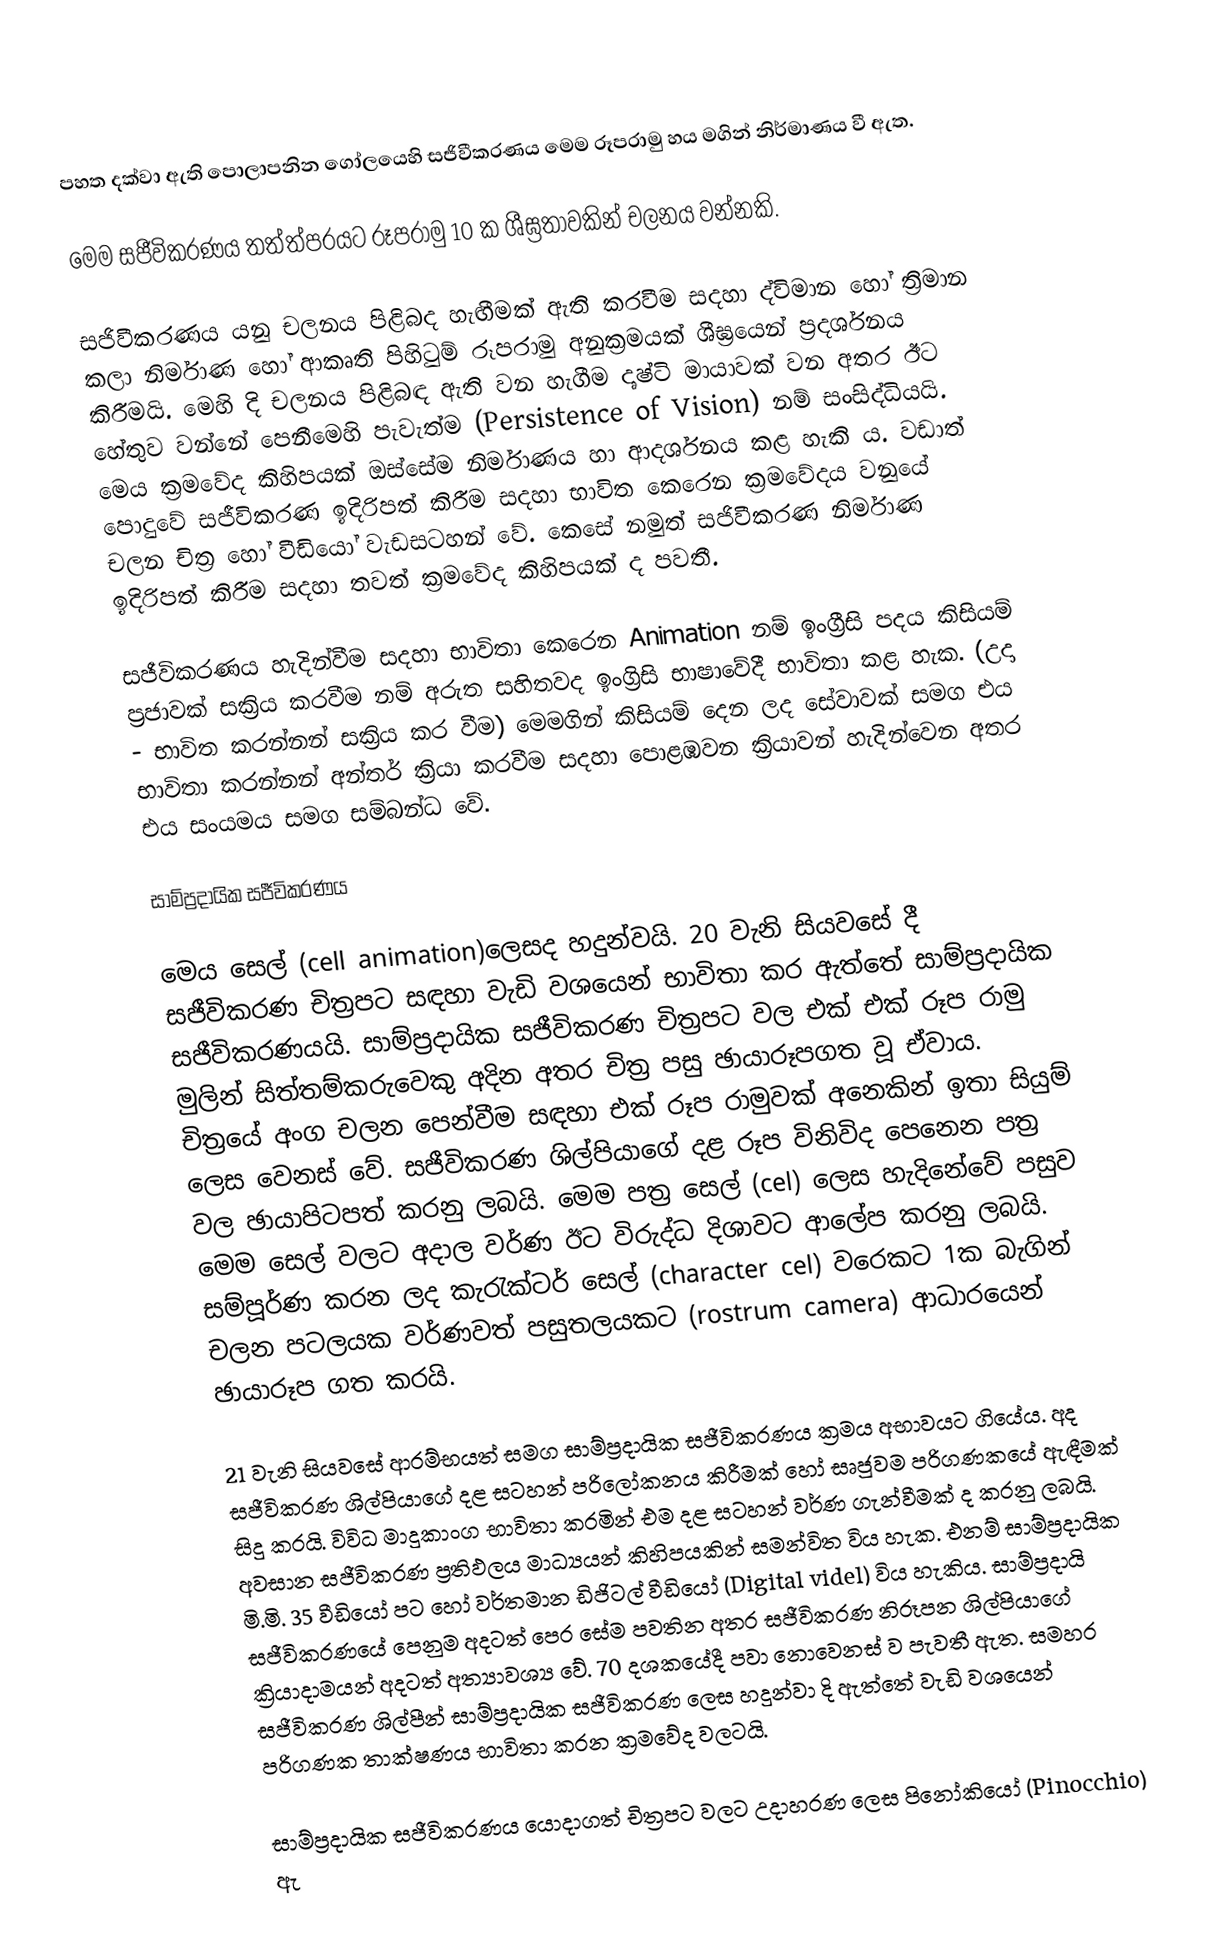
පහත දක්වා ඇති පොලාපනින ගෝලයෙහි සජිවීකරණය මෙම රූපරාමු හය මගින් නිර්මාණය වී ඇත.

මෙම සජීවිකරණය තත්ත්පරයට රූපරාමු 10 ක ශීඝ්‍රතාවකින් චලනය වන්නකි.

සජිවීකරණය යනු චලනය පිළිබද හැඟීමක් ඇති කරවීම සදහා ද්විමාන හෝ ත්‍රිමාන කලා නිර්මාණ හෝ ආකෘති පිහිටුම් රූපරාමු අනුක්‍රමයක් ශීඝ්‍රයෙන් ප්‍රදර්ශනය කිරීමයි. මෙහි දි චලනය පිළිබඳ ඇති වන හැගීම දෘෂ්ටි මායාවක් වන අතර ඊට හේතුව වන්නේ පෙනීමෙහි පැවැත්ම (Persistence of Vision) නම් සංසිද්ධියයි. මෙය ක්‍රමවේද කිහිපයක් ඔස්සේම නිර්මාණය හා ආදර්ශනය කළ හැකි ය. වඩාත් පොදුවේ සජීවිකරණ ඉදිරිපත් කිරීම සදහා භාවිත කෙරෙන ක්‍රමවේදය වනුයේ චලන චිත්‍ර හෝ වීඩියෝ වැඩසටහන් වේ. කෙසේ නමුත් සජිවීකරණ නිර්මාණ ඉදිරිපත් කිරීම සදහා තවත් ක්‍රමවේද කිහිපයක් ද පවතී.

සජීවිකරණය හැදින්වීම සදහා භාවිතා කෙරෙන Animation නම් ඉංග්‍රීසි පදය කිසියම් ප්‍රජාවක් සක්‍රිය කරවීම නම් අරුත සහිතවද ඉංග්‍රිසි භාෂාවේදී භාවිතා කළ හැක. (උදා - භාවිත කරන්නන් සක්‍රිය කර වීම) මෙමගින් කිසියම් දෙන ලද සේවාවක් සමග එය භාවිතා කරන්නන් අන්තර් ක්‍රියා කරවීම සදහා පොළඹවන ක්‍රියාවන් හැදින්වෙන අතර එය සංයමය සමග සම්බන්ධ වේ.

සාම්ප්‍රදායික සජීවිකරණය

මෙය සෙල්   (cell animation)ලෙසද හදුන්වයි. 20 ‍වැනි සියවසේ දී සජීවිකරණ චිත්‍රපට සඳහා වැඩි වශයෙන් භාවිතා කර ඇත්තේ සාම්ප්‍රදායික සජීවිකරණයයි.  සාම්ප්‍රදායික සජීවිකරණ චිත්‍රපට වල එක් එක් රූප රාමු  මුලින් සිත්තම්කරුවෙකු අදින අතර චිත්‍ර පසු ඡායාරූපගත වූ ඒවාය. චිත්‍රයේ  අංග චලන  පෙන්වීම සඳහා එක් රූප රාමුවක් අනෙකින් ඉතා සියුම් ලෙස වෙනස් වේ. සජීවිකරණ ශිල්පියාගේ දළ රූප විනිවිද පෙනෙන පත්‍ර වල ඡායාපිටපත් කරනු ලබයි. මෙම පත්‍ර සෙල්  (cel) ලෙස හැදිනේවේ  පසුව මෙම සෙල් වලට අදාල වර්ණ ඊට විරුද්ධ දිශාවට ආලේප කරනු ලබයි. සම්පූර්ණ කරන ලද කැරැක්ටර් සෙල් (character cel) වරෙක‍ට 1ක බැගින්  චලන පටලයක වර්ණවත් පසුතලයකට  (rostrum camera) ආධාරයෙන් ඡායාරූප ගත කරයි.

21 වැනි සියවසේ ආරම්භයත් සමග සාම්ප්‍රදායික සජීවිකරණය ක්‍රමය අභාවයට ගියේය. අද සජීවිකරණ  ශිල්පියාගේ  දළ සටහන් පරිලෝකනය කිරීමක් හෝ සෘජුවම පරිගණකයේ ඇඳීමක් සිදු කරයි. විවිධ මාදුකාංග භාවිතා කරමින් එම දළ සටහන් වර්ණ ගැන්වීමක් ද කරනු ලබයි.  අවසාන සජීවිකරණ ප්‍රතිඵලය මාධ්‍යයන් කිහිපයකින් සමන්විත විය හැක. එනම්  සාම්ප්‍රදායික මි.මි. 35 වීඩියෝ පට හෝ වර්තමාන ඩිජිටල් වීඩියෝ   (Digital videl) විය හැකිය. සාම්ප්‍රදායි සජීවිකරණයේ පෙනුම අදටත් පෙර සේම පවතින අතර සජීවිකරණ නිරූපන ශිල්පියාගේ ක්‍රියාදාමයන් අදටත් අත්‍යාවශ්‍ය වේ. 70 දශකයේදී පවා නොවෙනස් ව පැවතී ඇත. සමහර සජීවිකරණ ශිල්පීන් සාම්ප්‍රදායික සජීවිකරණ ලෙස හදුන්වා දි ඇත්තේ වැඩි වශයෙන් පරිගණක තාක්ෂණය භාවිතා කරන ක්‍රමවේද වලටයි.

සාම්ප්‍රදායික සජීවිකරණය යොදාගත් චිත්‍රපට වලට උදාහරණ ලෙස පිනෝකියෝ (Pinocchio) ඇ